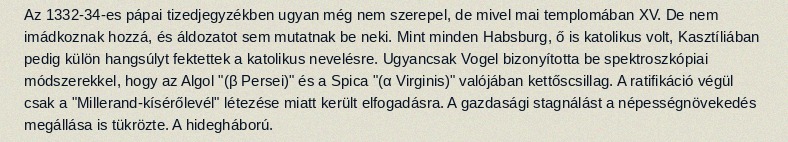
Az 1332-34-es pápai tizedjegyzékben ugyan még nem szerepel, de mivel mai templomában XV. De nem imádkoznak hozzá, és áldozatot sem mutatnak be neki. Mint minden Habsburg, ő is katolikus volt, Kasztíliában pedig külön hangsúlyt fektettek a katolikus nevelésre. Ugyancsak Vogel bizonyította be spektroszkópiai módszerekkel, hogy az Algol "(β Persei)" és a Spica "(α Virginis)" valójában kettőscsillag. A ratifikáció végül csak a "Millerand-kísérőlevél" létezése miatt került elfogadásra. A gazdasági stagnálást a népességnövekedés megállása is tükrözte. A hidegháború.